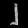
Digit: ၂